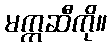
မက္ကဆီကို။